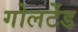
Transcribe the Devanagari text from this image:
गोलटेंड